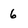
Character: 6